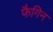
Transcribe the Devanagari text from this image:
फैगिन